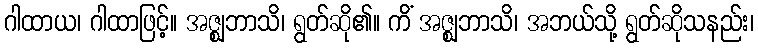
ဂါထာယ၊ ဂါထာဖြင့်။ အဇ္ဈဘာသိ၊ ရွတ်ဆို၏။ ကိံ အဇ္ဈဘာသိ၊ အဘယ်သို့ ရွတ်ဆိုသနည်း၊